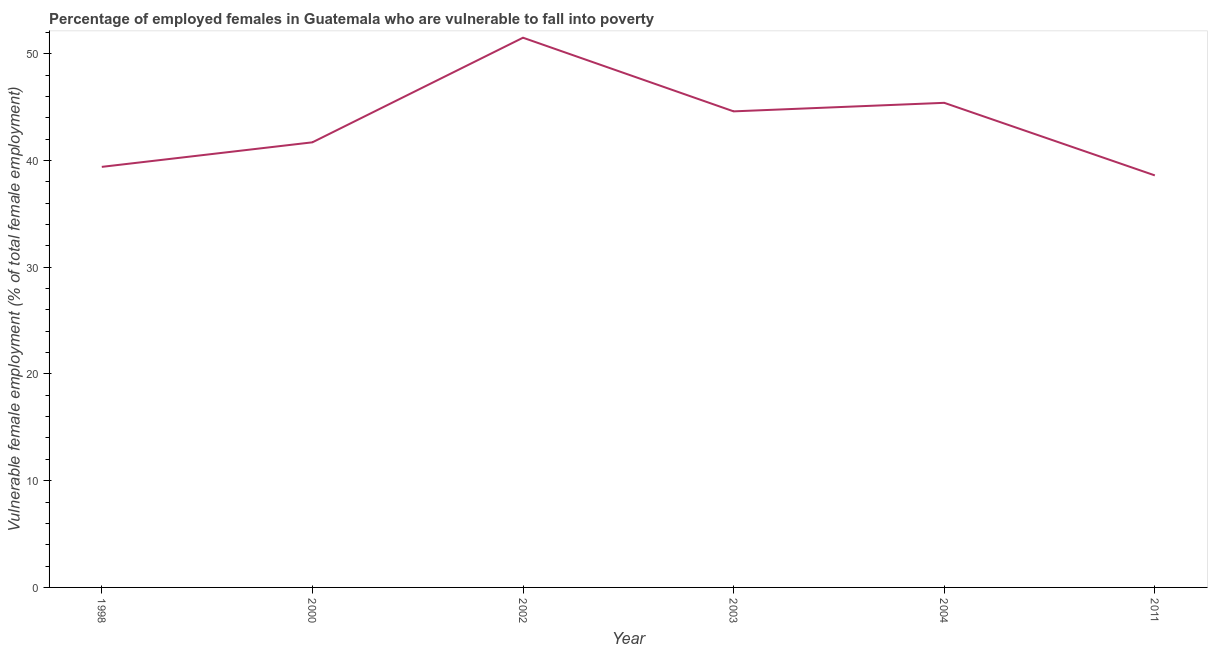
| Year | Percentage of employed females who are vulnerable to fall into poverty |
 | --- | --- |
 | 1998 | 39.4 |
 | 2000 | 41.7 |
 | 2002 | 51.5 |
 | 2003 | 44.6 |
 | 2004 | 45.4 |
 | 2011 | 38.6 |